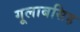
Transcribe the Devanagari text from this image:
गूलाबसिह